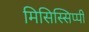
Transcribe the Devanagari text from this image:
मिसिस्सिप्पी